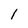
Character: 1